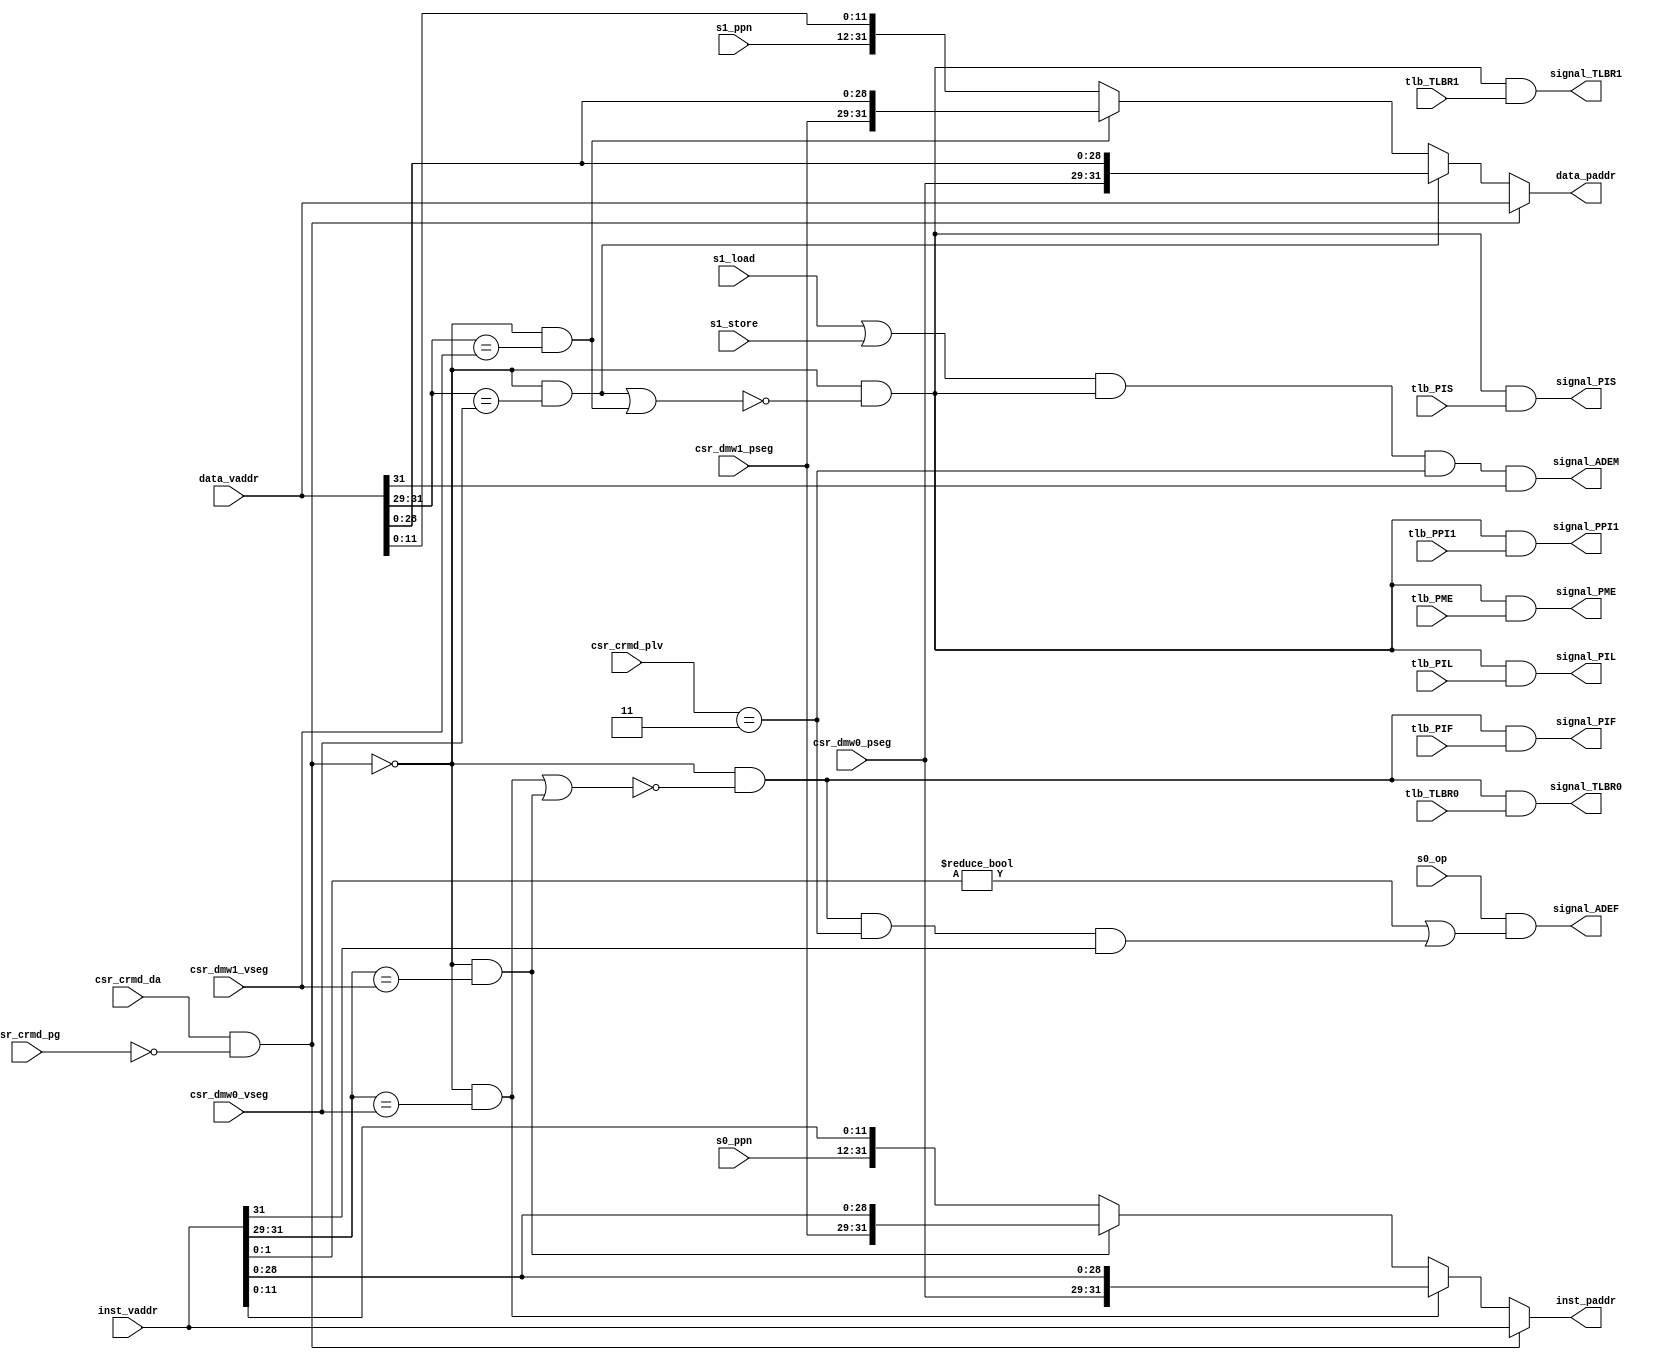
module mmu(
    // stages
    input   [31:0]  inst_vaddr      ,
    output  [31:0]  inst_paddr      ,
    input   [31:0]  data_vaddr      ,
    output  [31:0]  data_paddr      ,
    input           s0_op           ,
    input           s1_store        ,
    input           s1_load         ,    
    output          signal_PIL      ,
    output          signal_PIS      ,
    output          signal_PIF      ,
    output          signal_PME      ,
    output          signal_PPI1     ,
    output          signal_TLBR0    ,
    output          signal_TLBR1    ,
    output          signal_ADEF     ,
    output          signal_ADEM     ,

    // csr
    input           csr_crmd_da     ,
    input           csr_crmd_pg     ,
    input   [ 1:0]  csr_crmd_plv    ,
    input   [ 2:0]  csr_dmw0_vseg   ,
    input   [ 2:0]  csr_dmw0_pseg   ,
    input   [ 2:0]  csr_dmw1_vseg   ,
    input   [ 2:0]  csr_dmw1_pseg   ,

    // tlb
    input   [19:0]  s0_ppn          ,
    input   [19:0]  s1_ppn          ,
    input           tlb_PIL         ,
    input           tlb_PIS         ,
    input           tlb_PIF         ,
    input           tlb_PME         ,
    input           tlb_PPI1        ,
    input           tlb_TLBR0       ,
    input           tlb_TLBR1
);

wire mode_dir_trans     = csr_crmd_da & !csr_crmd_pg;
wire inst_dmw0_match    = !mode_dir_trans & inst_vaddr[31:29] == csr_dmw0_vseg;
wire inst_dmw1_match    = !mode_dir_trans & inst_vaddr[31:29] == csr_dmw1_vseg;
wire data_dmw0_match    = !mode_dir_trans & data_vaddr[31:29] == csr_dmw0_vseg;
wire data_dmw1_match    = !mode_dir_trans & data_vaddr[31:29] == csr_dmw1_vseg;
wire inst_dir_mapping   = inst_dmw0_match | inst_dmw1_match;
wire data_dir_mapping   = data_dmw0_match | data_dmw1_match;
wire inst_page_mapping  = !mode_dir_trans & !inst_dir_mapping;
wire data_page_mapping  = !mode_dir_trans & !data_dir_mapping;

assign inst_paddr = mode_dir_trans      ?   inst_vaddr  :
                    inst_dmw0_match     ?   {csr_dmw0_pseg, inst_vaddr[28:0]}   :
                    inst_dmw1_match     ?   {csr_dmw1_pseg, inst_vaddr[28:0]}   :
                                            {s0_ppn, inst_vaddr[11:0]};
assign data_paddr = mode_dir_trans      ?   data_vaddr  :
                    data_dmw0_match     ?   {csr_dmw0_pseg, data_vaddr[28:0]}   :
                    data_dmw1_match     ?   {csr_dmw1_pseg, data_vaddr[28:0]}   :
                                            {s1_ppn, data_vaddr[11:0]};

assign signal_PIL   = data_page_mapping & tlb_PIL  ;
assign signal_PIS   = data_page_mapping & tlb_PIS  ;
assign signal_PIF   = inst_page_mapping & tlb_PIF  ;
assign signal_PME   = data_page_mapping & tlb_PME  ;
//assign signal_PPI   = !_____dir_mapping & tlb_PPI  ;
assign signal_PPI1  = data_page_mapping & tlb_PPI1 ;
assign signal_TLBR0 = inst_page_mapping & tlb_TLBR0;
assign signal_TLBR1 = data_page_mapping & tlb_TLBR1;
assign signal_ADEF  = s0_op & ((inst_vaddr[1:0] != 2'b00) | inst_page_mapping & (csr_crmd_plv == 2'h3) & inst_vaddr[31]);
assign signal_ADEM  = (s1_load | s1_store) & data_page_mapping & csr_crmd_plv == 2'h3 & data_vaddr[31];

endmodule